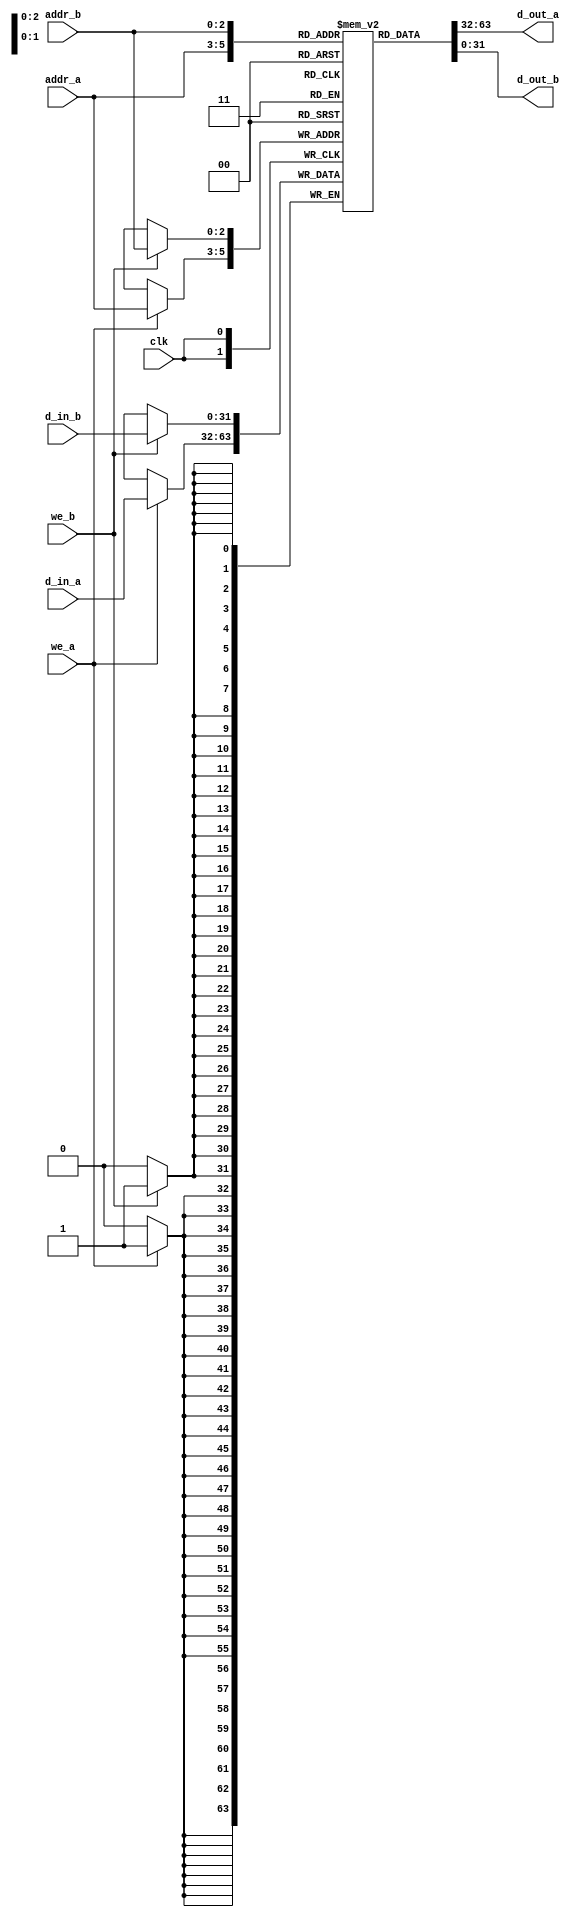
module MPR #(parameter bits = 32)(
    input clk, we_a, we_b,
    input [2:0] addr_a, addr_b,
    input [bits-1:0] d_in_a, d_in_b,
    output [bits-1:0] d_out_a, d_out_b
    
    );
    
    reg [bits-1:0] mem_vec[7:0];
    reg[2:0] read_addr_a, read_addr_b;
    
    always @(posedge clk)
    begin
        if(we_a)
            mem_vec[addr_a] <= d_in_a;
       read_addr_a <= mem_vec[addr_a];
    end
    
    assign d_out_a = mem_vec[addr_a];
    
    always @(posedge clk)
        begin
            if(we_b)
                mem_vec[addr_b] <= d_in_b;
           read_addr_b <= mem_vec[addr_b];
        end
        
        assign d_out_b = mem_vec[addr_b];
endmodule